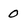
Character: 0